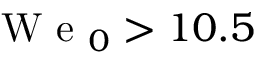
\mathrm { ~ W ~ e ~ } _ { 0 } > 1 0 . 5